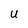
Character: U